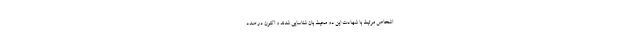
اشخاص مرتبط با شهادت این دو محیط بان شناسایی شدند و اکنون در صدد